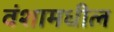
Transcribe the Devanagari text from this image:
वंशामधील